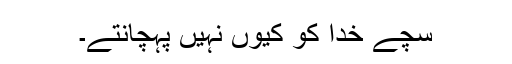
سچے خدا کو کیوں نہیں پہچانتے۔